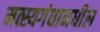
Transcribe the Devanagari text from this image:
मत्स्यगंधामधील